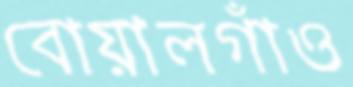
বোয়ালগাঁও